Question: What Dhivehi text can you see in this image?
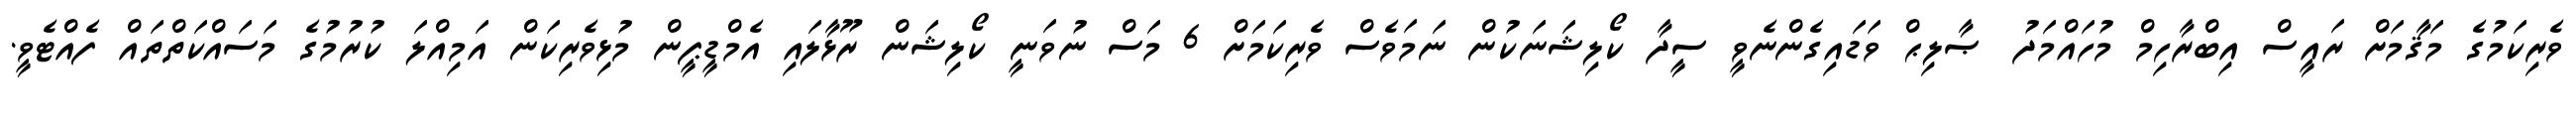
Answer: ވެރިކަމުގެ މަޤާމަށް ރައީސް އިބްރާހިމް މުހައްމަދު ޞާލިޙް ވަޑައިގެންނެވީ ސީދާ ކޯލިޝަނަކުން ނަމަވެސް ވެރިކަމަށް 6 މަސް ނުވަނީ ކޯލިޝަން ރޫޅާލައި އެމްޑީޕީން މުޅިވެރިކަން އަމިއްލަ ކުރުމުގެ މަސައްކަތްތައް ފެއްޓެވީ.